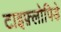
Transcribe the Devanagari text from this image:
टाइफ़्लोपिडे